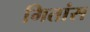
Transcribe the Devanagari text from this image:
गितांस